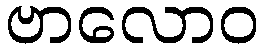
ဗာလောဝ